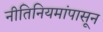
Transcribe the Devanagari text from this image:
नीतिनियमांपासून